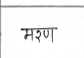
मजकूर: मरण